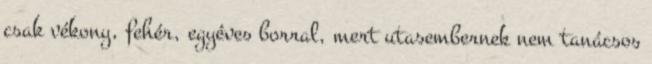
csak vékony, fehér, egyéves borral, mert utasembernek nem tanácsos